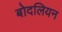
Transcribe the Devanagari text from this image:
बोदलियन